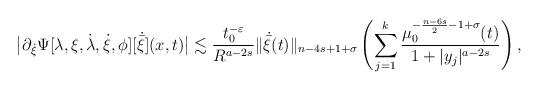
LaTeX: \begin{align*}\big|\partial_{\dot{\xi}}\Psi[\lambda,\xi,\dot{\lambda},\dot{\xi},\phi][\dot{\bar{\xi}}](x, t)\big|\lesssim \frac{t_0^{-\varepsilon}}{R^{a-2s}}\|\dot{\bar{\xi}}(t)\|_{n-4s+1+\sigma}\left(\sum_{j=1}^k\frac{\mu_0^{-\frac{n-6s}{2}-1+\sigma}(t)}{1+|y_j|^{a-2s}}\right),\end{align*}